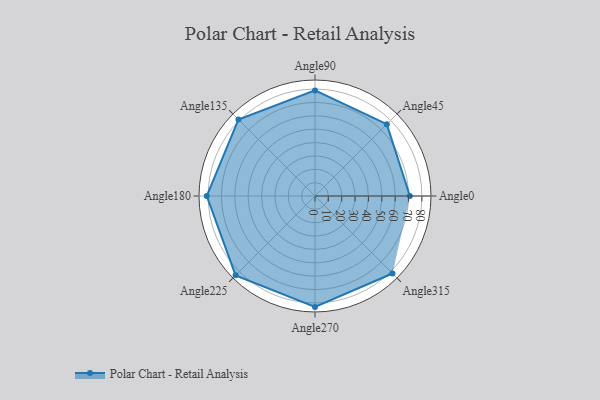
{"axis": {"x": "Angle", "y": "Radius"}, "legend": [""], "data": [{"x": "Angle0", "y": 71.0, "type": ""}, {"x": "Angle45", "y": 76.0, "type": ""}, {"x": "Angle90", "y": 79.0, "type": ""}, {"x": "Angle135", "y": 81.0, "type": ""}, {"x": "Angle180", "y": 81.0, "type": ""}, {"x": "Angle225", "y": 84.0, "type": ""}, {"x": "Angle270", "y": 83.0, "type": ""}, {"x": "Angle315", "y": 82.0, "type": ""}]}